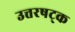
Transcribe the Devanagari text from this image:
उत्तरषट्क